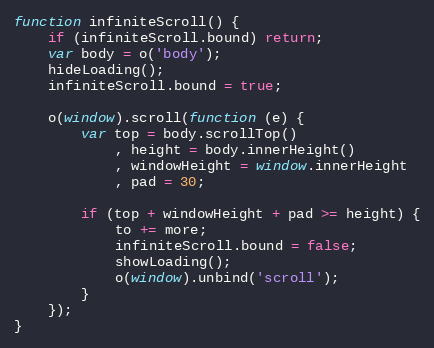
Language: JavaScript
function infiniteScroll() {
    if (infiniteScroll.bound) return;
    var body = o('body');
    hideLoading();
    infiniteScroll.bound = true;

    o(window).scroll(function (e) {
        var top = body.scrollTop()
            , height = body.innerHeight()
            , windowHeight = window.innerHeight
            , pad = 30;

        if (top + windowHeight + pad >= height) {
            to += more;
            infiniteScroll.bound = false;
            showLoading();
            o(window).unbind('scroll');
        }
    });
}